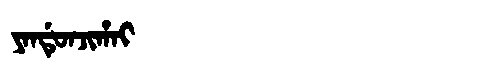
Manchu: ᠶᠠᠨᡩᡠᠨᠵᡳᡥᠠᡳ
Romanization: YANDUNJIHAI